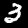
Label: 3